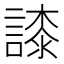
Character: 䜉